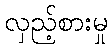
လှည့်စားမှု